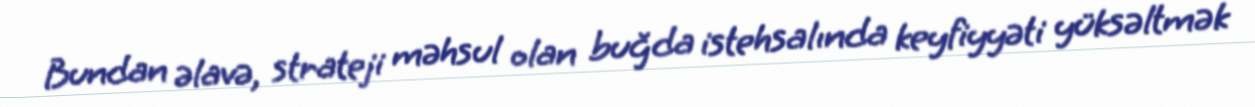
Bundan əlavə, strateji məhsul olan buğda istehsalında keyfiyyəti yüksəltmək